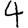
Digit: 4